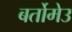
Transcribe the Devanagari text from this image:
बर्तोमेउ